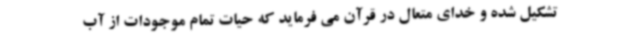
تشکیل شده و خدای متعال در قرآن می فرماید که حیات تمام موجودات از آب